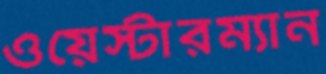
ওয়েস্টারম্যান